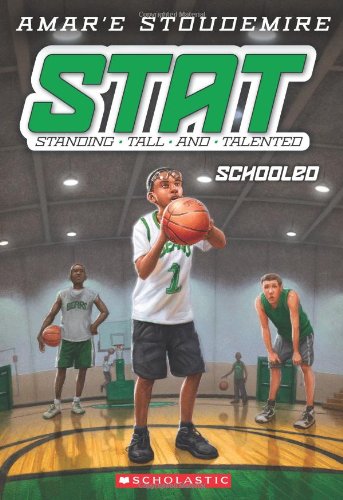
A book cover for STAT #4: Schooled (Stat: Standing Tall and Talented); Amar'e Stoudemire; Children's Books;